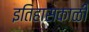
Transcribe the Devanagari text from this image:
इतिहासकाळी